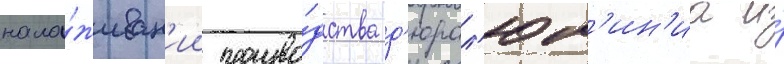
нала́живан'ии произво́дства д'юрал'юм'ин'иа и́